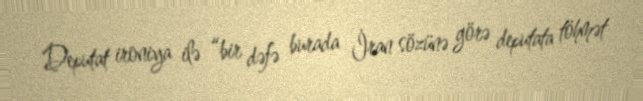
Deputat ironiya ilə “bir dəfə burada İran sözünə görə deputata töhmət